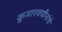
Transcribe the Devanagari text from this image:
कुमारवयीनांचे